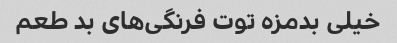
خیلی بدمزه توت فرنگی‌های بد طعم